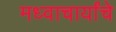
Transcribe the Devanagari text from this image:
मध्वाचार्यांचे